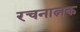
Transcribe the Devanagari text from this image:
रचनात्नक